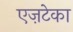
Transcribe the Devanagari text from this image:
एज़टेका